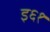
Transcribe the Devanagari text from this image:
इ६१